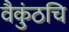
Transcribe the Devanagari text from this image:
वैकुंठचि